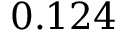
0 . 1 2 4